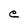
Character: e